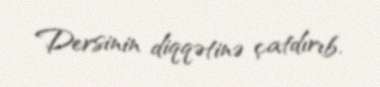
Dersinin diqqətinə çatdırıb.